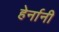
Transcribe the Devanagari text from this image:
हेर्नानी